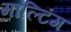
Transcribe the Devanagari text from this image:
माल्टिंग